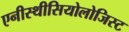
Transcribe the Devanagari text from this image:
एनीस्थीसियोलोजिस्ट